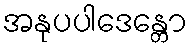
အနုပပါဒေန္တော